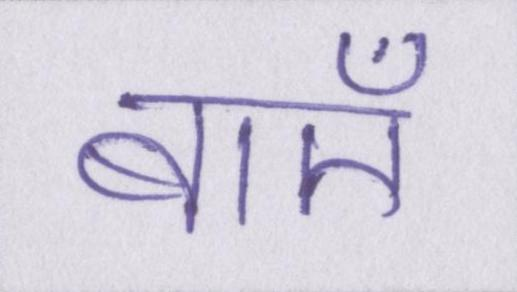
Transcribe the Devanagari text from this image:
बाएँ